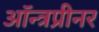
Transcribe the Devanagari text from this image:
ऑन्त्रप्रीनर